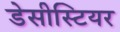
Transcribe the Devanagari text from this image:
डेसीस्टियर